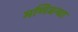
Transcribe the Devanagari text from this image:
मणिबन्धा